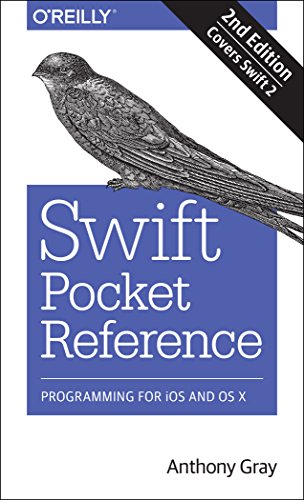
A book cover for Swift Pocket Reference: Programming for iOS and OS X; Anthony Gray; Computers & Technology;